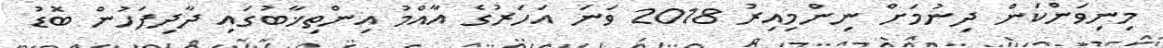
މިނިވަންކަން ދިނުމަށް ނިންމިއިރު 2018 ވަނަ އަހަރުގެ އާއްމު އިންތިޚާބުގައި ދާދިފަހުން ބޮޑު